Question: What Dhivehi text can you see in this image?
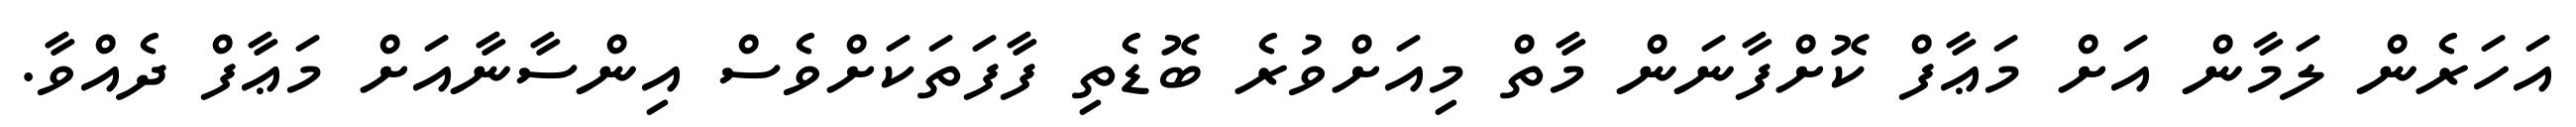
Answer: އަހަރެން ލަމާން އަށް މަޢާފް ކޮށްފާނަން މާތް މިއަށްވުރެ ބޮޑެތި ފާފަތަކަށްވެސް އިންސާނާއަށް މަޢާފް ދެއްވާ.